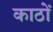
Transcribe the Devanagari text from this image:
काठों